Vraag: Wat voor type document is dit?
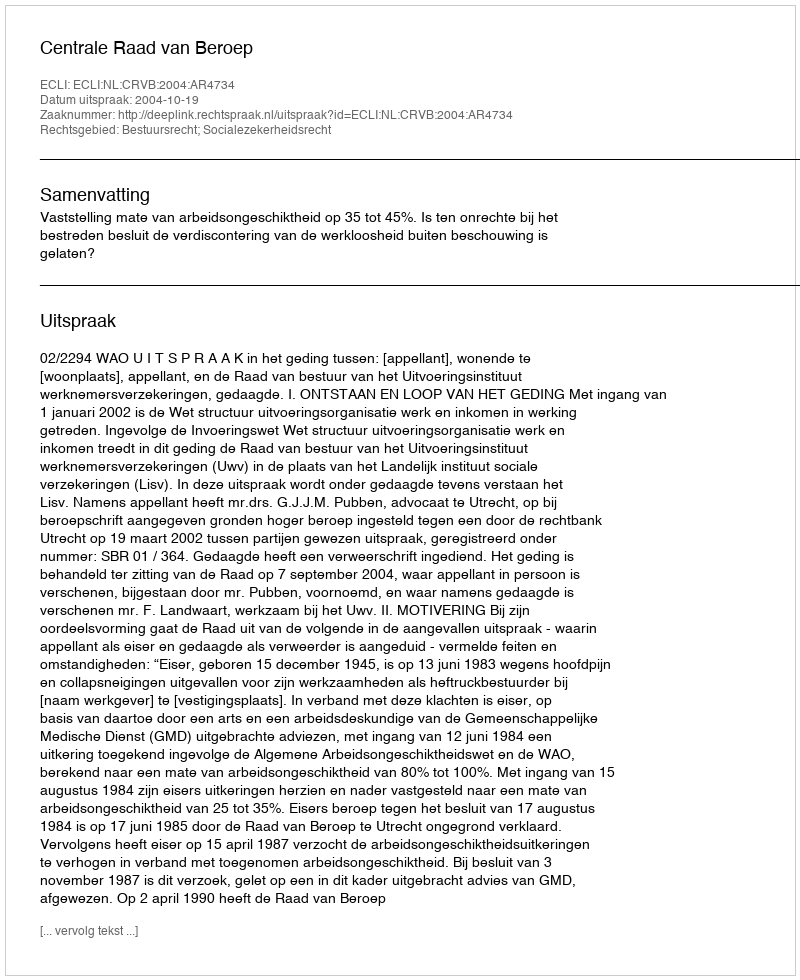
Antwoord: Uitspraak